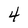
Character: 4